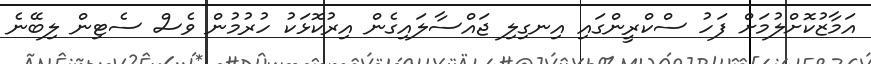
އަމާޒުކޮށްލުމަށް ފަހު ސްކްރީންގައި އިނގިލި ޖައްސާލައިގެން އިރުކޮޅަކު ހުރުމުން ވެސް ސެޓިން ލިބޭނެ